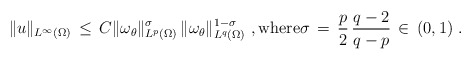
\begin{align*} \|u\|_{L^\infty(\Omega)} \,\le\, C \|\omega_\theta\|_{L^p(\Omega)}^\sigma \,\|\omega_\theta\|_{L^q(\Omega)}^{1-\sigma}~, \hbox{where} \sigma \,=\, \frac{p}{2}\,\frac{q-2}{q-p} \,\in\, (0,1)~.\end{align*}